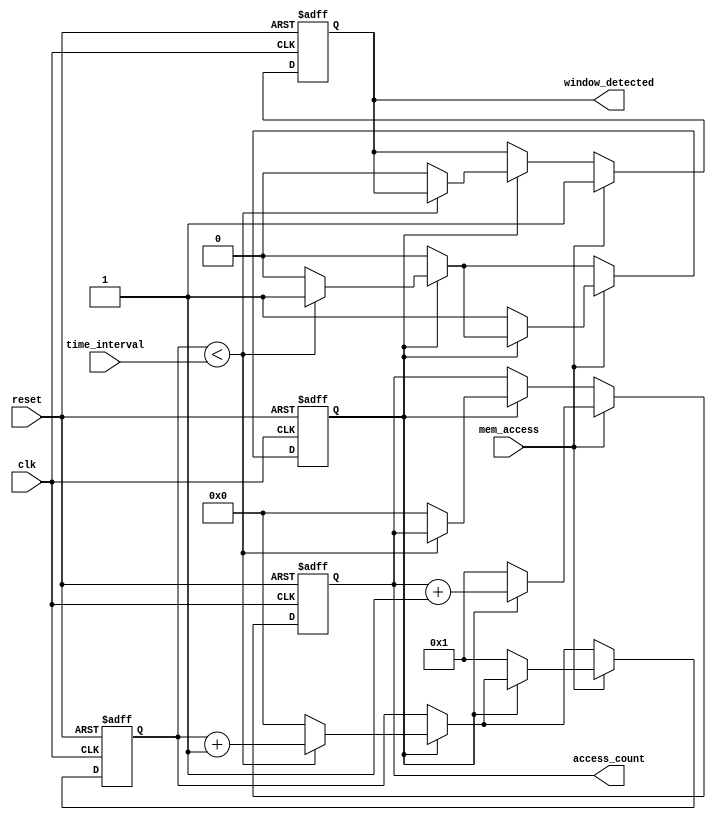
module memory_time_window_detector (
    input wire clk,                // System clock signal
    input wire reset,              // Asynchronous reset signal
    input wire mem_access,         // Memory access signal (read/write)
    input wire [31:0] time_interval, // Configurable time-window in clock cycles
    output reg window_detected,    // Indicates if a memory access occurred in the time-window
    output reg [31:0] access_count  // Counter for accesses detected in the time-window
);

    reg [31:0] counter;            // Internal counter for time-window tracking
    reg counting;                  // Flag to indicate if we are counting

    // Asynchronous reset and counter logic
    always @(posedge clk or posedge reset) begin
        if (reset) begin
            counter <= 0;
            access_count <= 0;
            window_detected <= 0;
            counting <= 0;
        end else begin
            if (counting) begin
                // If we are counting, increment the counter
                if (counter < time_interval) begin
                    counter <= counter + 1;
                end else begin
                    // Reset the counting when the time interval has elapsed
                    counter <= 0;
                    access_count <= 0;
                    window_detected <= 0;
                    counting <= 0; // Stop counting
                end
            end

            // Check for memory access
            if (mem_access) begin
                if (!counting) begin
                    // Start counting if we detect a memory access
                    counting <= 1;
                    counter <= 1; // Start counting from 1
                    access_count <= 1; // First access detected
                    window_detected <= 1; // Set window detected
                end else begin
                    // If already counting, increment the access count
                    access_count <= access_count + 1;
                    window_detected <= 1; // Keep window detected
                end
            end
        end
    end

endmodule